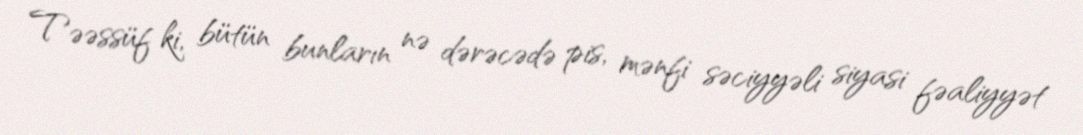
Təəssüf ki, bütün bunların nə dərəcədə pis, mənfi səciyyəli siyasi fəaliyyət